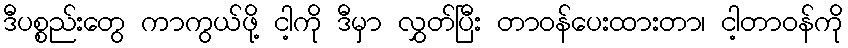
ဒီပစ္စည်းတွေ ကာကွယ်ဖို့ ငါ့ကို ဒီမှာ လွှတ်ပြီး တာဝန်ပေးထားတာ၊ ငါ့တာဝန်ကို